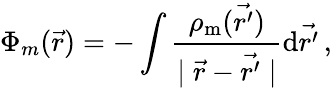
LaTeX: \Phi_{m}(\vec{r})=-\int\frac{\rho_{\mathrm{m}}(\vec{r^{\prime}})}{\mid\vec{r}-\vec{r^{\prime}}\mid}\mathrm{d}\vec{r^{\prime}}\, ,